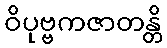
ဝိပုဗ္ဗကဇာတန္တိ